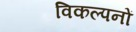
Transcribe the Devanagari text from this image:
विकल्पनों